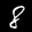
Label: 8